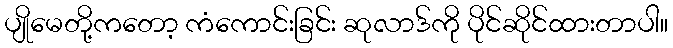
ပျိုမေတို့ကတော့ ကံကောင်းခြင်း ဆုလာဒ်ကို ပိုင်ဆိုင်ထားတာပါ။